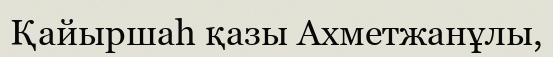
Қайыршаһ қазы Ахметжанұлы,